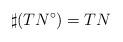
LaTeX: \begin{align*} \sharp(TN^{\circ})=TN\end{align*}